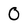
Character: O